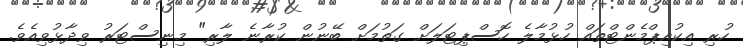
ހުރި އިކުއިޕްމެންޓްތައް ހުޅުމާލެ ހޮސްޕިޓަލަށް ގަތުމަށް ބޭނުން ކުރާނެ ލާރި" މިނިސްޓަރު ވިދާޅުވިއެވެ.